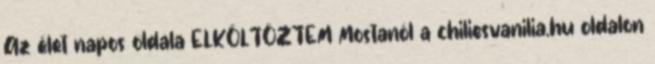
Az élet napos oldala ELKÖLTÖZTEM Mostanól a chiliesvanilia.hu oldalon